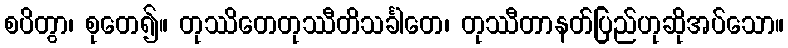
စပိတွာ၊ စုတေ၍။ တုဿိတေတုဿီတိသင်္ခါတေ၊ တုဿီတာနတ်ပြည်ဟုဆိုအပ်သော။